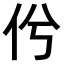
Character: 𠆵